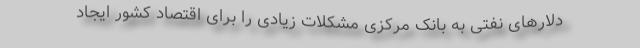
دلارهای نفتی به بانک مرکزی مشکلات زیادی را برای اقتصاد کشور ایجاد